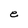
Character: e